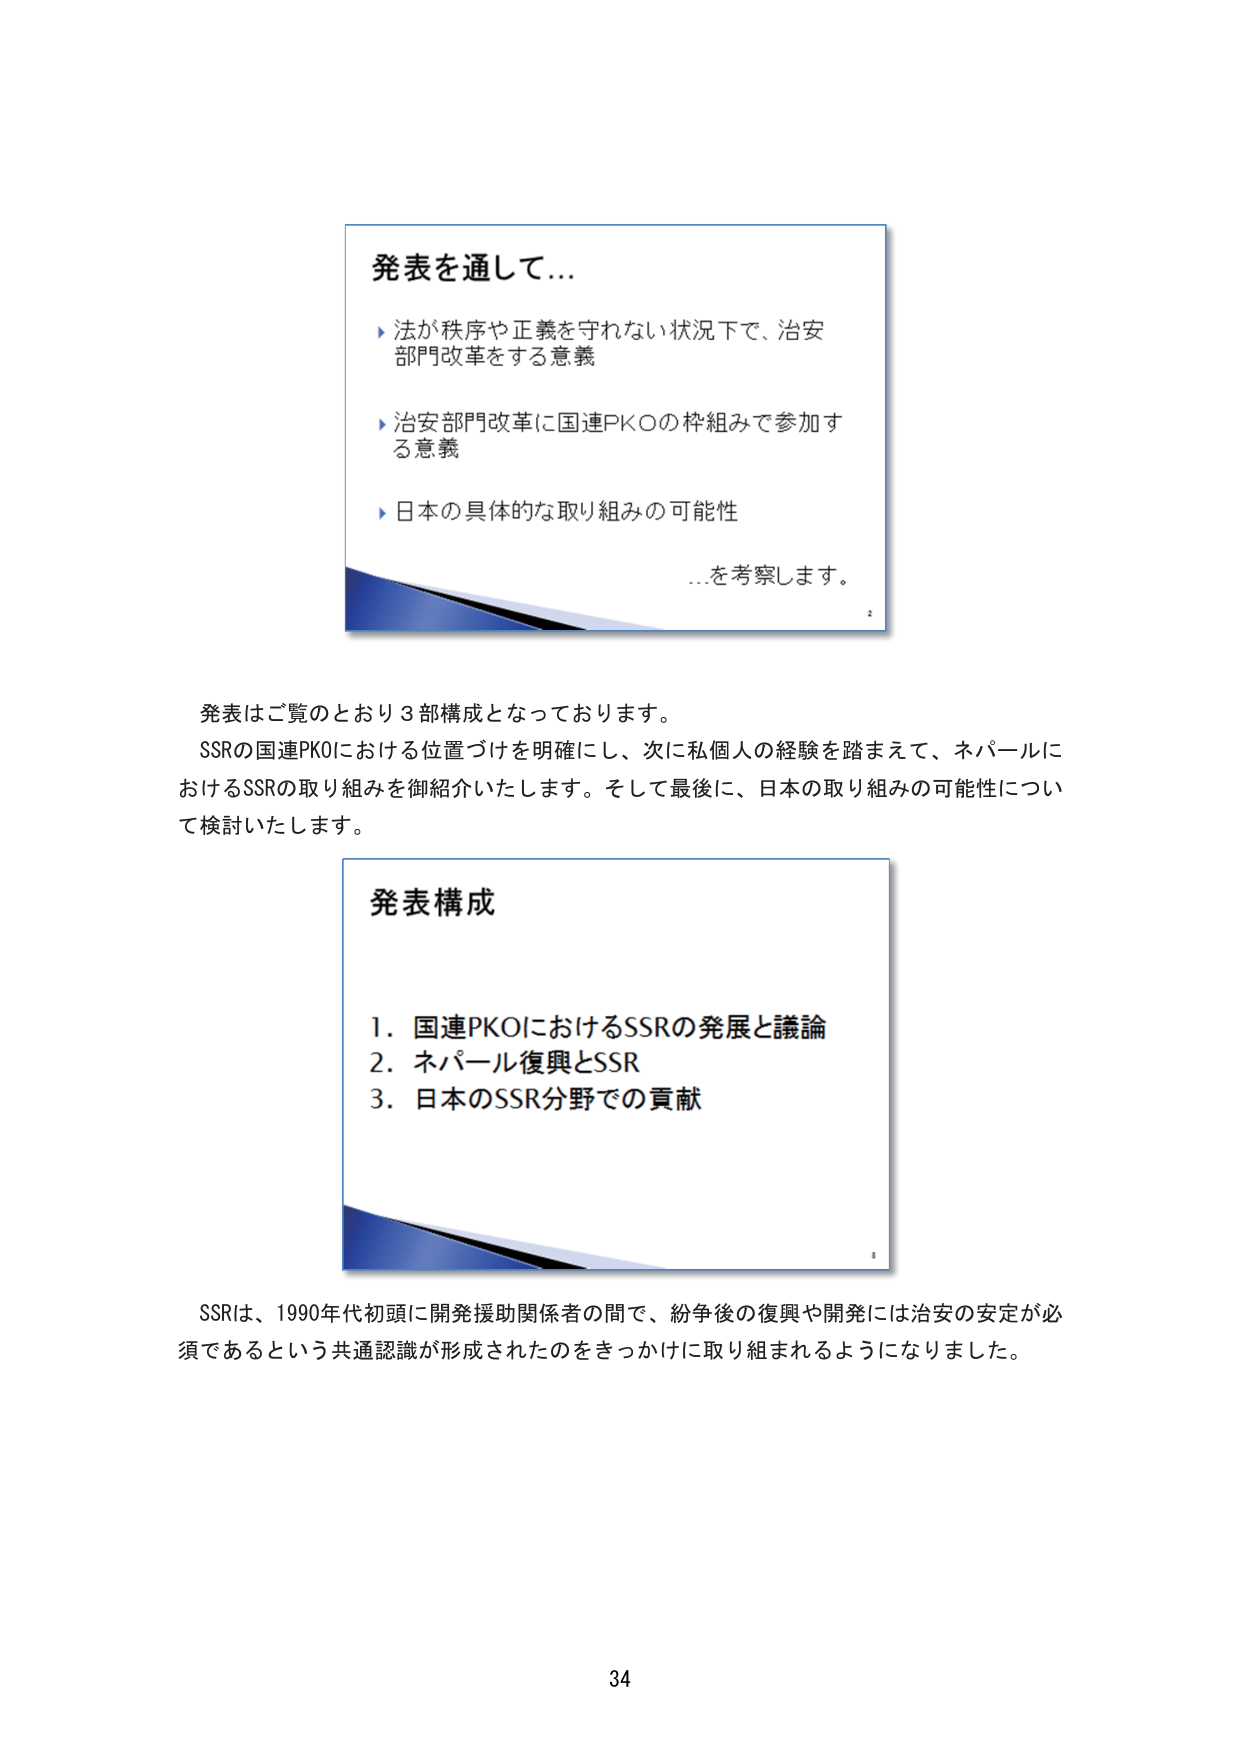
発表を通して...

▶ 法が秩序や正義を守れない状況下で、治安
部門改革をする意義

▶ 治安部門改革に国連PKOの枠組みで参加す
る意義

▶ 日本の具体的な取り組みの可能性

…を考察します。

発表はご覧のとおり３部構成となっております。
SSRの国連PKOにおける位置づけを明確にし、次に私個人の経験を踏まえて、ネパールに
おけるSSRの取り組みを御紹介いたします。そして最後に、日本の取り組みの可能性につい
て検討いたします。

発表構成

1. 国連PKOにおけるSSRの発展と議論
2. ネパール復興とSSR
3. 日本のSSR分野での貢献

SSRは、1990年代初頭に開発援助関係者の間で、紛争後の復興や開発には治安の安定が必
須であるという共通認識が形成されたのをきっかけに取り組まれるようになりました。

34